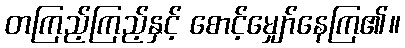
တကြည့်ကြည့်နှင့် စောင့်မျှော်နေကြ၏။